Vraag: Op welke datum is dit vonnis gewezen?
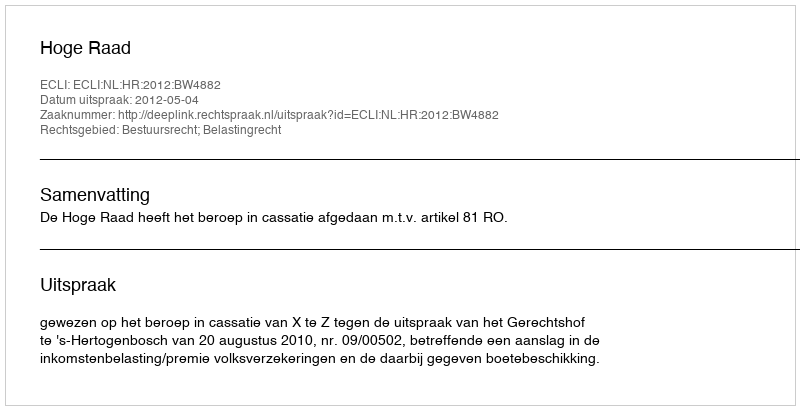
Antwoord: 2012-05-04